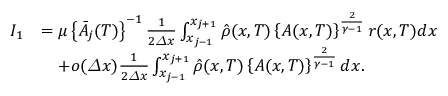
\begin{array} { r l } { I _ { 1 } } & { = \mu \left\{ \bar { A } _ { j } ( T ) \right\} ^ { - 1 } \frac 1 { 2 { \varDelta } x } \int _ { x _ { j - 1 } } ^ { x _ { j + 1 } } \hat { \rho } ( x , T ) \left\{ A ( x , T ) \right\} ^ { \frac { 2 } { \gamma - 1 } } r ( x , T ) d x } \\ & { \quad + o ( { \varDelta } x ) \frac 1 { 2 { \varDelta } x } \int _ { x _ { j - 1 } } ^ { x _ { j + 1 } } \hat { \rho } ( x , T ) \left\{ A ( x , T ) \right\} ^ { \frac { 2 } { \gamma - 1 } } d x . } \end{array}